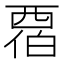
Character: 𬡹